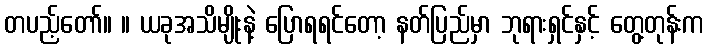
တပည့်တော်။ ။ ယခုအသိမျိုးနဲ့ ပြောရရင်တော့ နတ်ပြည်မှာ ဘုရားရှင်နှင့် တွေ့တုန်းက